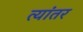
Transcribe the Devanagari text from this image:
त्यांतर